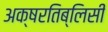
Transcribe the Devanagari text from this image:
अक्षरतिब्लिसी